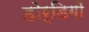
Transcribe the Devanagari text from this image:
होर्डिगों